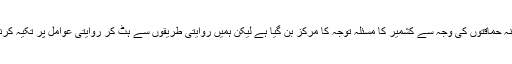
کشمیریوں کی قربانیوں اور مودی کی جارحانہ حماقتوں کی وجہ سے کشمیر کا مسئلہ توجہ کا مرکز بن گیا ہے لیکن ہمیں روایتی طریقوں سے ہٹ کر روایتی عوامل پر تکیہ کرنے کی بجائے کچھ اور سوچنا اور کرنا ہوگا۔